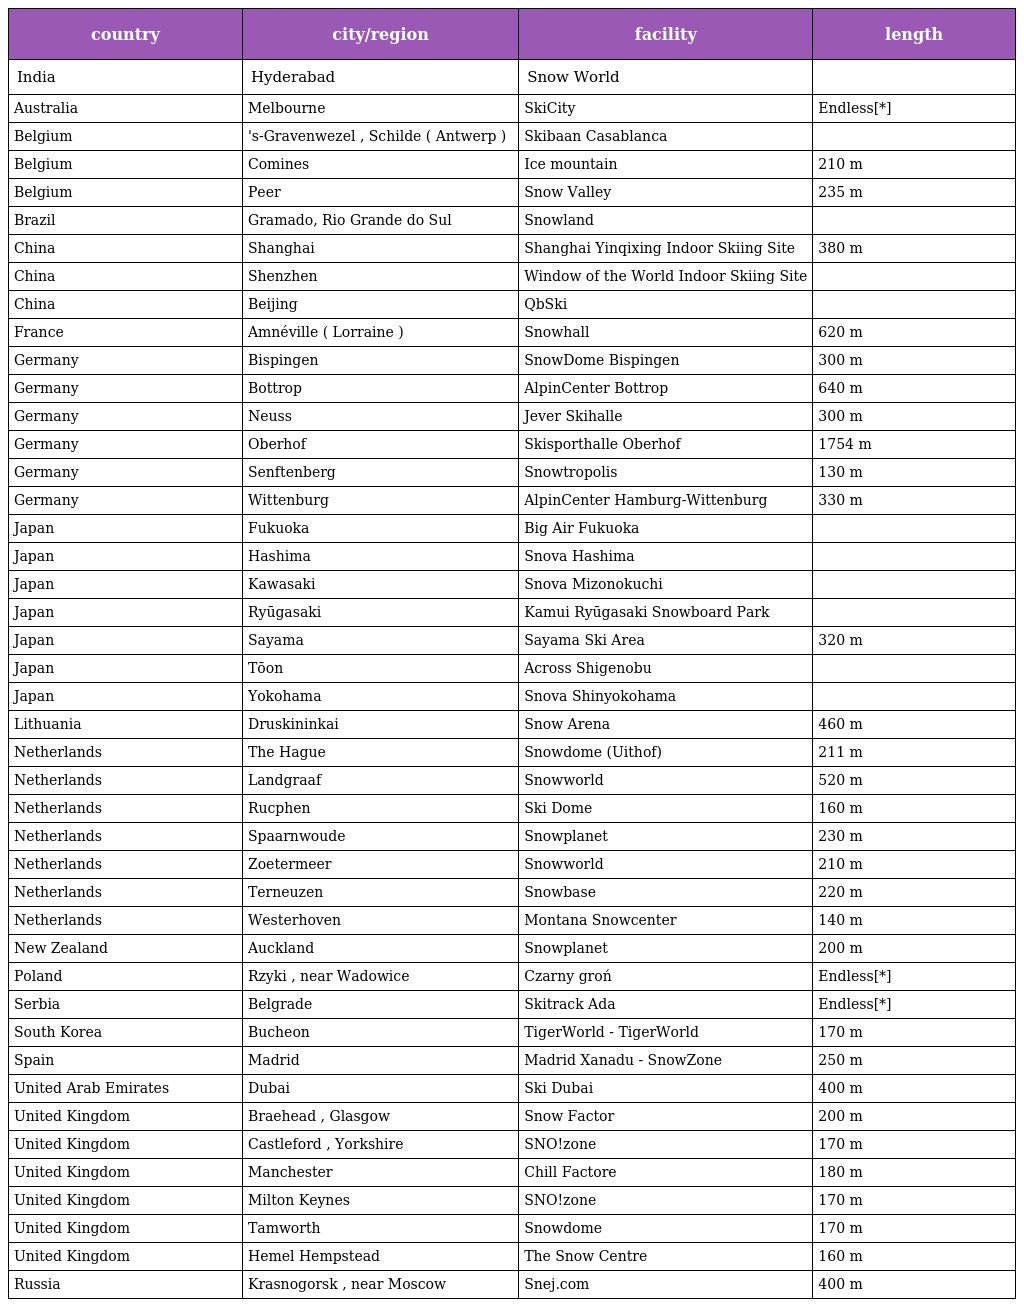
| country | city/region | facility | length |
 | --- | --- | --- | --- |
 | India | Hyderabad | Snow World |  |
 | Australia | Melbourne | SkiCity | Endless[*] |
 | Belgium | 's-Gravenwezel , Schilde ( Antwerp ) | Skibaan Casablanca |  |
 | Belgium | Comines | Ice mountain | 210 m |
 | Belgium | Peer | Snow Valley | 235 m |
 | Brazil | Gramado, Rio Grande do Sul | Snowland |  |
 | China | Shanghai | Shanghai Yinqixing Indoor Skiing Site | 380 m |
 | China | Shenzhen | Window of the World Indoor Skiing Site |  |
 | China | Beijing | QbSki |  |
 | France | Amnéville ( Lorraine ) | Snowhall | 620 m |
 | Germany | Bispingen | SnowDome Bispingen | 300 m |
 | Germany | Bottrop | AlpinCenter Bottrop | 640 m |
 | Germany | Neuss | Jever Skihalle | 300 m |
 | Germany | Oberhof | Skisporthalle Oberhof | 1754 m |
 | Germany | Senftenberg | Snowtropolis | 130 m |
 | Germany | Wittenburg | AlpinCenter Hamburg-Wittenburg | 330 m |
 | Japan | Fukuoka | Big Air Fukuoka |  |
 | Japan | Hashima | Snova Hashima |  |
 | Japan | Kawasaki | Snova Mizonokuchi |  |
 | Japan | Ryūgasaki | Kamui Ryūgasaki Snowboard Park |  |
 | Japan | Sayama | Sayama Ski Area | 320 m |
 | Japan | Tōon | Across Shigenobu |  |
 | Japan | Yokohama | Snova Shinyokohama |  |
 | Lithuania | Druskininkai | Snow Arena | 460 m |
 | Netherlands | The Hague | Snowdome (Uithof) | 211 m |
 | Netherlands | Landgraaf | Snowworld | 520 m |
 | Netherlands | Rucphen | Ski Dome | 160 m |
 | Netherlands | Spaarnwoude | Snowplanet | 230 m |
 | Netherlands | Zoetermeer | Snowworld | 210 m |
 | Netherlands | Terneuzen | Snowbase | 220 m |
 | Netherlands | Westerhoven | Montana Snowcenter | 140 m |
 | New Zealand | Auckland | Snowplanet | 200 m |
 | Poland | Rzyki , near Wadowice | Czarny groń | Endless[*] |
 | Serbia | Belgrade | Skitrack Ada | Endless[*] |
 | South Korea | Bucheon | TigerWorld - TigerWorld | 170 m |
 | Spain | Madrid | Madrid Xanadu - SnowZone | 250 m |
 | United Arab Emirates | Dubai | Ski Dubai | 400 m |
 | United Kingdom | Braehead , Glasgow | Snow Factor | 200 m |
 | United Kingdom | Castleford , Yorkshire | SNO!zone | 170 m |
 | United Kingdom | Manchester | Chill Factore | 180 m |
 | United Kingdom | Milton Keynes | SNO!zone | 170 m |
 | United Kingdom | Tamworth | Snowdome | 170 m |
 | United Kingdom | Hemel Hempstead | The Snow Centre | 160 m |
 | Russia | Krasnogorsk , near Moscow | Snej.com | 400 m |